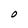
Character: O